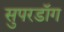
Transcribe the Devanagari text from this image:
सुपरडॉग